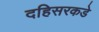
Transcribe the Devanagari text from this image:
दहिसरकडे